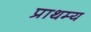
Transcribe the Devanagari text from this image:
प्राथम्य